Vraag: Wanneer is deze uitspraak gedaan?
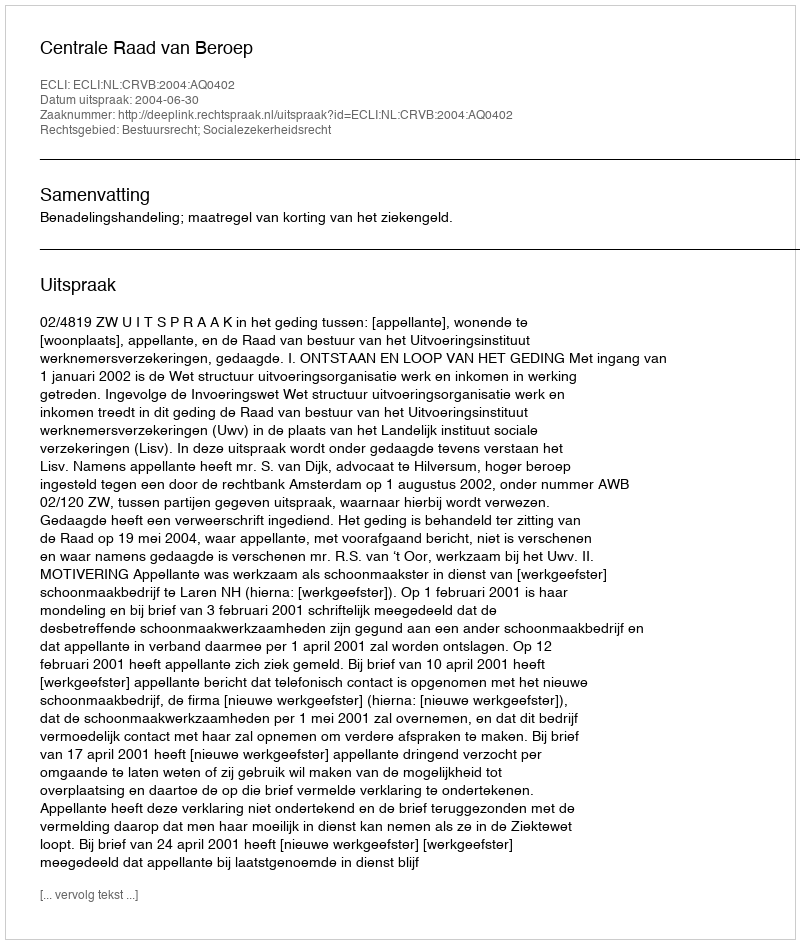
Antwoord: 2004-06-30